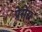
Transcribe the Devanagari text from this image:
प्रेसेंस